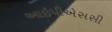
આઇપીએસસી